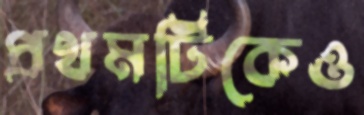
প্রথমটিকেও